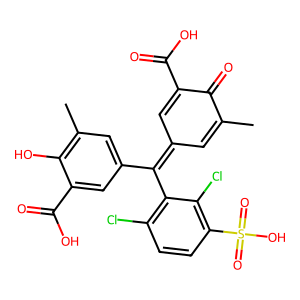
SMILES: CC1=CC(=C(c2cc(C)c(O)c(C(=O)O)c2)c2c(Cl)ccc(S(=O)(=O)O)c2Cl)C=C(C(=O)O)C1=O
Inhibits HIV replication: No